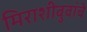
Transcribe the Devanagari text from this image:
मिराशीबुवांचे